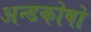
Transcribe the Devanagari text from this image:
अन्डकोषो